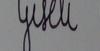
Signature authenticity: forged